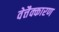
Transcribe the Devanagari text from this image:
वेत्तैक्कारण